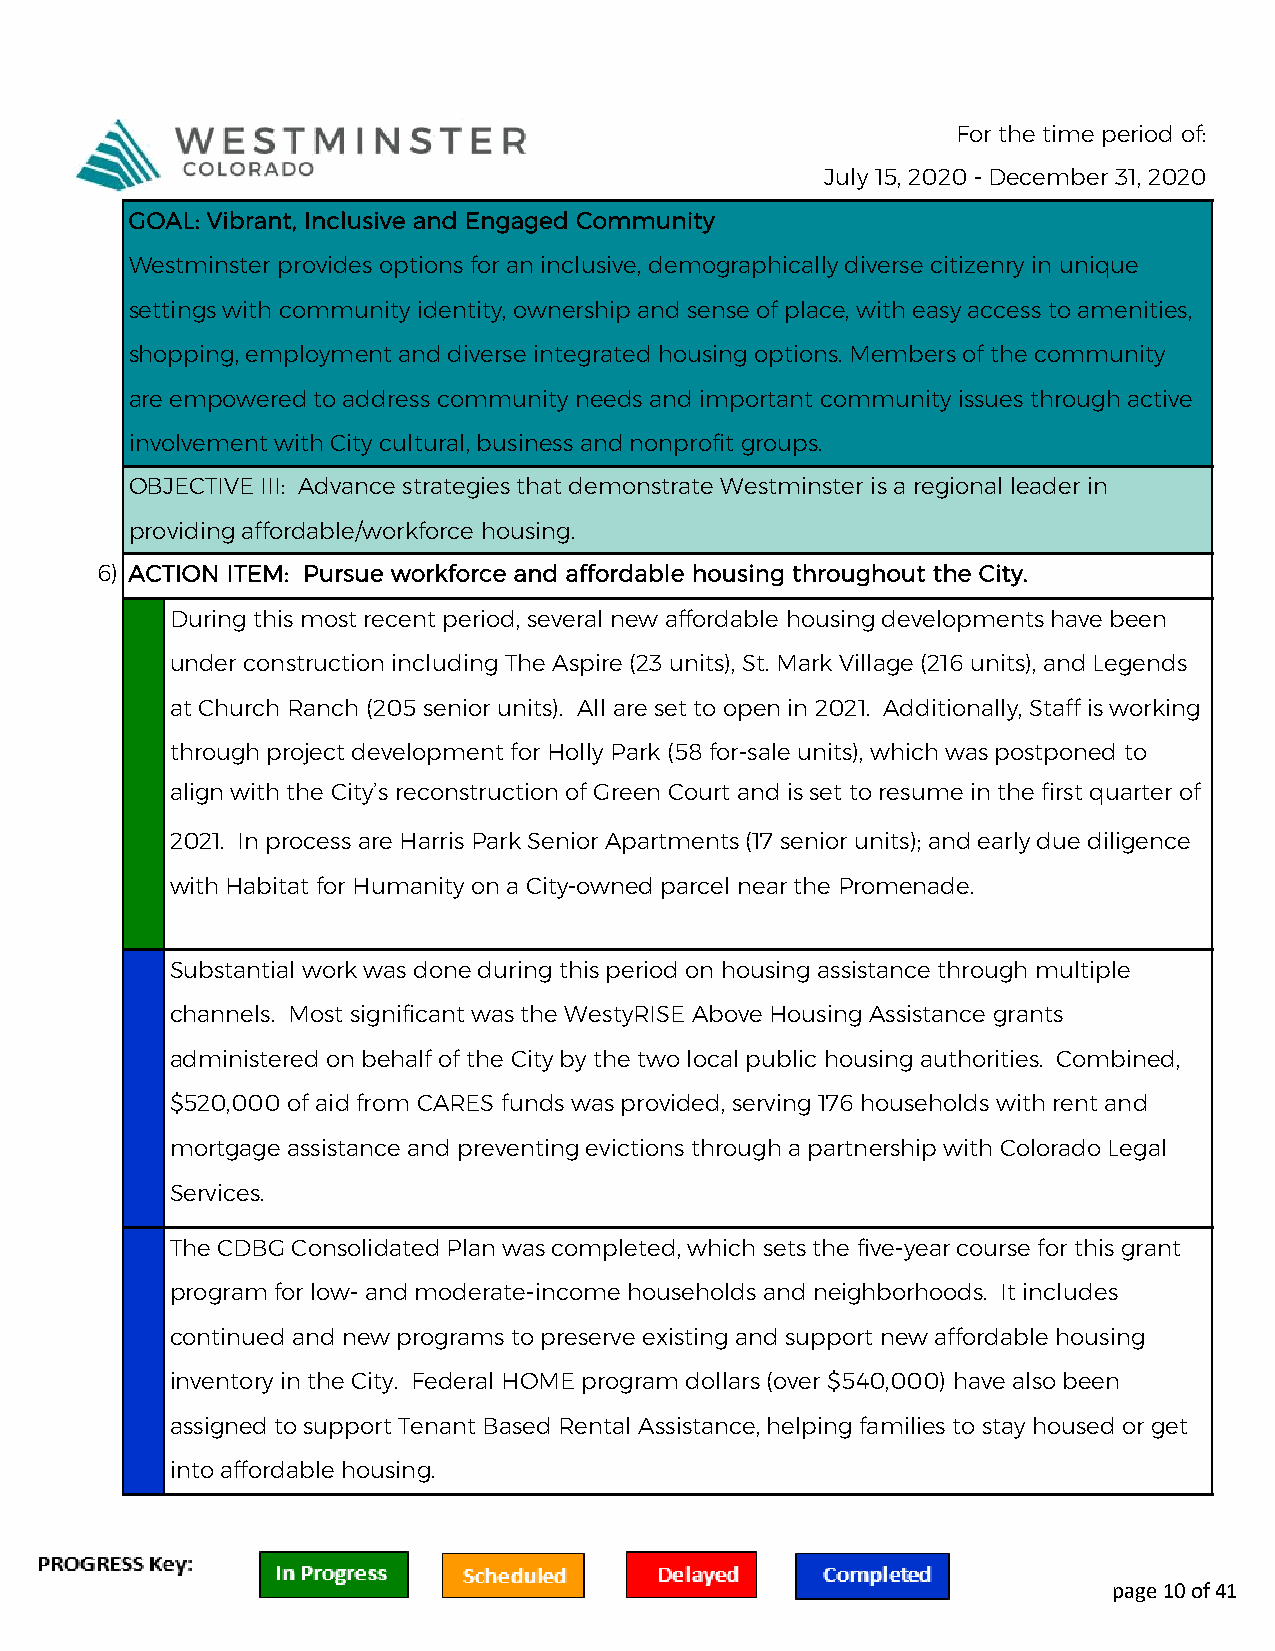
For the time period of:
 July 15, 2020 - December 31, 2020
 GOAL: Vibrant, Inclusive and Engaged Community
 Westminster provides options for an inclusive, demographically diverse citizenry in unique
 settings with community identity, ownership and sense of place, with easy access to amenities,
 shopping, employment and diverse integrated housing options. Members of the community
 are empowered to address community needs and important community issues through active
 involvement with City cultural, business and nonprofit groups.
 OBJECTIVE III: Advance strategies that demonstrate Westminster is a regional leader in
 providing affordable/workforce housing.
 6) ACTION ITEM: Pursue workforce and affordable housing throughout the City.
 During this most recent period, several new affordable housing developments have been
 under construction including The Aspire (23 units), St. Mark Village (216 units), and Legends
 at Church Ranch (205 senior units). All are set to open in 2021. Additionally, Staff is working
 through project development for Holly Park (58 for-sale units), which was postponed to
 align with the City’s reconstruction of Green Court and is set to resume in the first quarter of
 2021. In process are Harris Park Senior Apartments (17 senior units); and early due diligence
 with Habitat for Humanity on a City-owned parcel near the Promenade.
 Substantial work was done during this period on housing assistance through multiple
 channels. Most significant was the WestyRISE Above Housing Assistance grants
 administered on behalf of the City by the two local public housing authorities. Combined,
 $520,000 of aid from CARES funds was provided, serving 176 households with rent and
 mortgage assistance and preventing evictions through a partnership with Colorado Legal
 Services.
 The CDBG Consolidated Plan was completed, which sets the five-year course for this grant
 program for low- and moderate-income households and neighborhoods. It includes
 continued and new programs to preserve existing and support new affordable housing
 inventory in the City. Federal HOME program dollars (over $540,000) have also been
 assigned to support Tenant Based Rental Assistance, helping families to stay housed or get
 into affordable housing.
 page 10 of 41